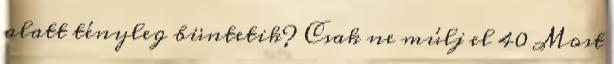
alatt tényleg büntetik? Csak ne múlj el 40 Most